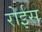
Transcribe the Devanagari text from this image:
रोईस